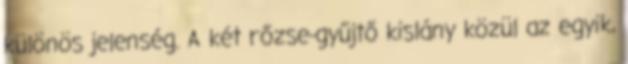
különös jelenség. A két rőzse-gyűjtő kislány közül az egyik,